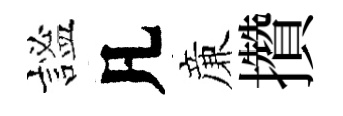
謐凡亷攢